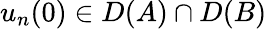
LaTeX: u_{n}(0)\in D(A)\cap D(B)